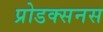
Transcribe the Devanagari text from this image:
प्रोडक्सनस